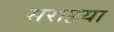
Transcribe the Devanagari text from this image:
सराहया